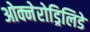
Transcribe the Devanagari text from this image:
ओक्नेरोड्रिलिडे